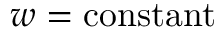
w = \mathrm { c o n s t a n t }